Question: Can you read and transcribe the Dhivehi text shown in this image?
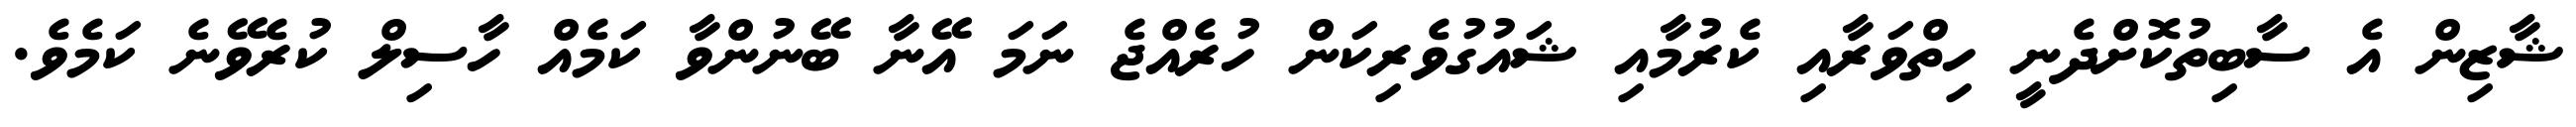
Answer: ޝާޒިން އެ ސާބިތުކޮށްދެނީ ހިތްވަރާއި ކެރުމާއި ޝައުގުވެރިކަން ހުރެއްޖެ ނަމަ އޭނާ ބޭނުންވާ ކަމެއް ހާސިލް ކުރެވޭނެ ކަމެވެ.